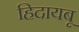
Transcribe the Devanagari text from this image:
हिदायबू